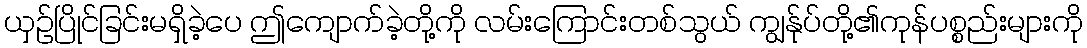
ယှဉ်ပြိုင်ခြင်းမရှိခဲ့ပေ ဤကျောက်ခဲ့တို့ကို လမ်းကြောင်းတစ်သွယ် ကျွန်ုပ်တို့၏ကုန်ပစ္စည်းများကို